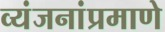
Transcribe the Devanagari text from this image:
व्यंजनांप्रमाणे